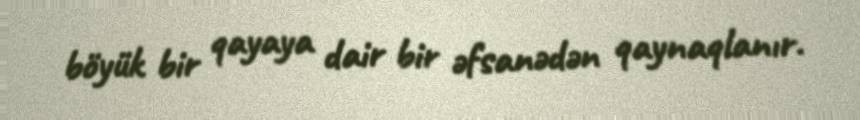
böyük bir qayaya dair bir əfsanədən qaynaqlanır.